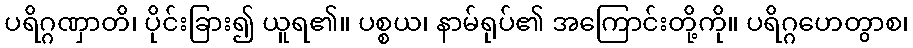
ပရိဂ္ဂဏှာတိ၊ ပိုင်းခြား၍ ယူရ၏။ ပစ္စယ၊ နာမ်ရုပ်၏ အကြောင်းတို့ကို။ ပရိဂ္ဂဟေတွာစ၊